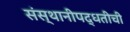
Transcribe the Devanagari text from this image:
संस्थानीपद्धतीची